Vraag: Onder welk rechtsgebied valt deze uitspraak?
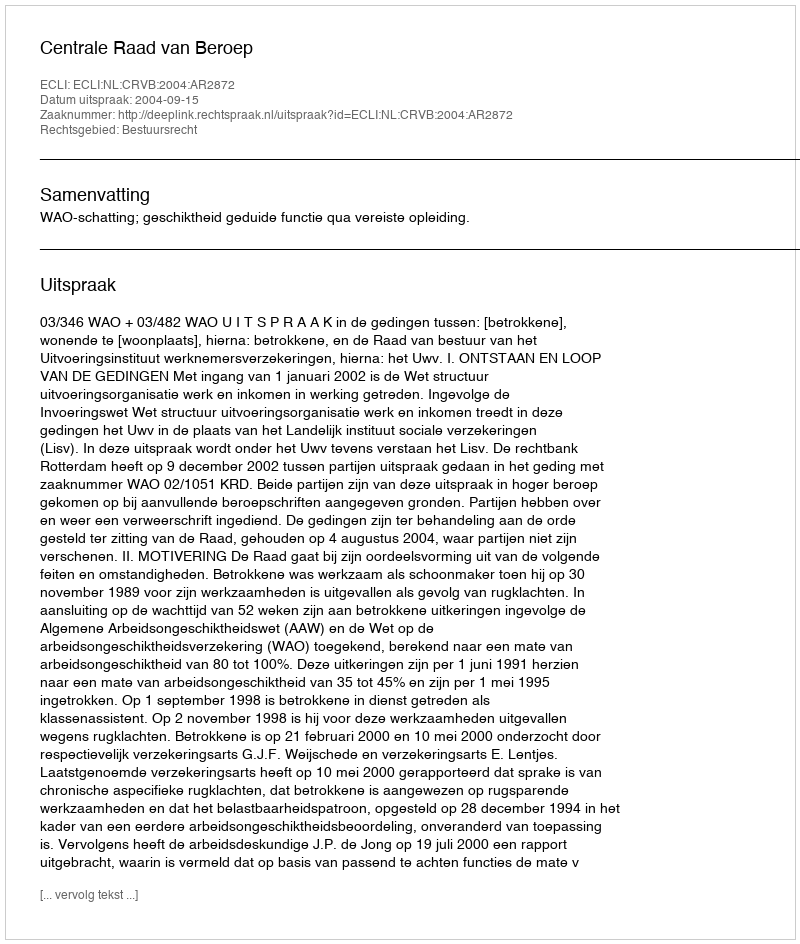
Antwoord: Bestuursrecht